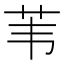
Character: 苇